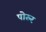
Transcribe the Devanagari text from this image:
पोरुर